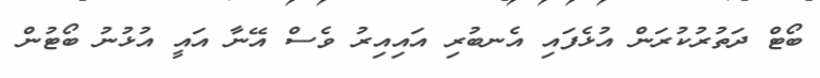
ބޯޓް ދަތުރުކުރަން އުޅެފައި އެނބުރި އައިއިރު ވެސް އޭނާ އައީ އުޅުނު ބޯޓުން